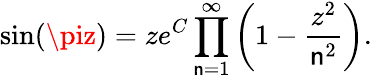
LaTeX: \sin(\piz)=ze^{C}\displaystyle\prod_{\mathsf{n}=1}^{\infty}\left(1-{\frac{{z^{2}}}{{\mathsf{n}^{2}}}}\right).